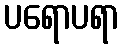
ပရောပရာ